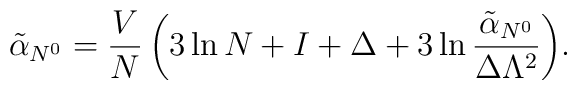
\tilde\alpha _{N^0} = {V\over N}\,\biggl( 3\ln N + I+\Delta+ 3\ln {\tilde\alpha_{N^0}\over\Delta\Lambda^2}\biggr).